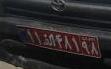
۱۱ا۴۸۱۹۸